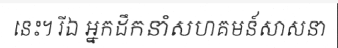
នេះ។ រីឯ អ្នកដឹកនាំសហគមន៍សាសនា